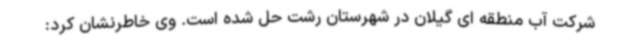
شرکت آب منطقه ای گیلان در شهرستان رشت حل شده است. وی خاطرنشان کرد: